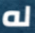
له